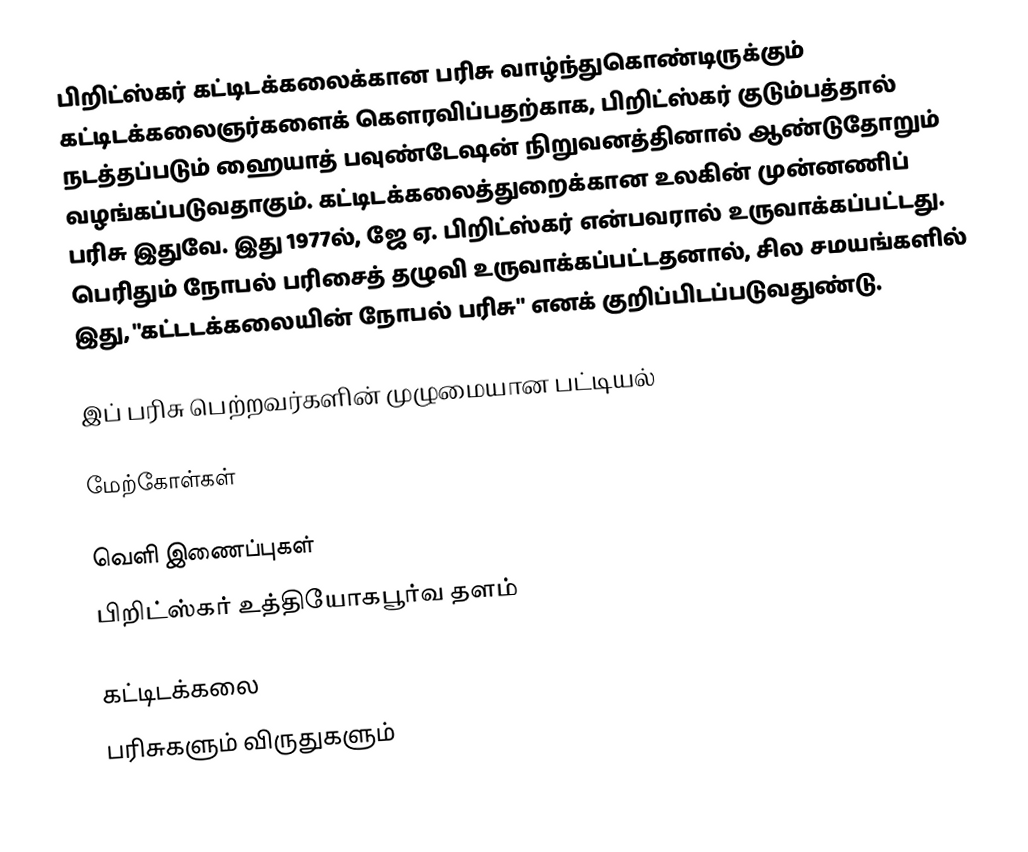
பிறிட்ஸ்கர் கட்டிடக்கலைக்கான பரிசு வாழ்ந்துகொண்டிருக்கும் கட்டிடக்கலைஞர்களைக் கௌரவிப்பதற்காக, பிறிட்ஸ்கர் குடும்பத்தால் நடத்தப்படும் ஹையாத் பவுண்டேஷன் நிறுவனத்தினால் ஆண்டுதோறும் வழங்கப்படுவதாகும். கட்டிடக்கலைத்துறைக்கான உலகின் முன்னணிப் பரிசு இதுவே. இது 1977ல், ஜே ஏ. பிறிட்ஸ்கர் என்பவரால் உருவாக்கப்பட்டது. பெரிதும் நோபல் பரிசைத் தழுவி உருவாக்கப்பட்டதனால், சில சமயங்களில் இது, "கட்டடக்கலையின் நோபல் பரிசு" எனக் குறிப்பிடப்படுவதுண்டு.

இப் பரிசு பெற்றவர்களின் முழுமையான பட்டியல்

மேற்கோள்கள்

வெளி இணைப்புகள்
 பிறிட்ஸ்கர் உத்தியோகபூர்வ தளம்

கட்டிடக்கலை
பரிசுகளும் விருதுகளும்